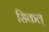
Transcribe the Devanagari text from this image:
सिकल्